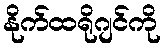
နိုက်ထရိုဂျင်ကို